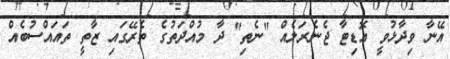
އޭނާ ވިދާޅުވީ އޮޑިޓާ ޖެނެރަލެއް "ނެތި" ދާ މުއްދަތުގެ ތެރޭގައި ޒާތީ ތައައްސުބެއް